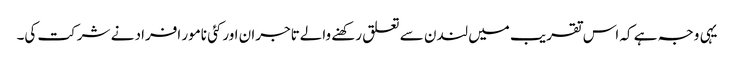
یہی وجہ ہے کہ اس تقریب میں لندن سے تعلق رکھنے والےتاجران اورکئی نامور افراد نے شرکت کی۔